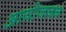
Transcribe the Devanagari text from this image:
आयोजजन